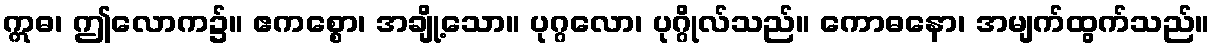
ဣဓ၊ ဤလောက၌။ ဧကစ္စော၊ အချို့သော။ ပုဂ္ဂလော၊ ပုဂ္ဂိုလ်သည်။ ကောဓနော၊ အမျက်ထွက်သည်။